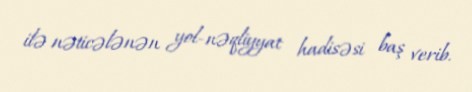
ilə nəticələnən yol-nəqliyyat hadisəsi baş verib.